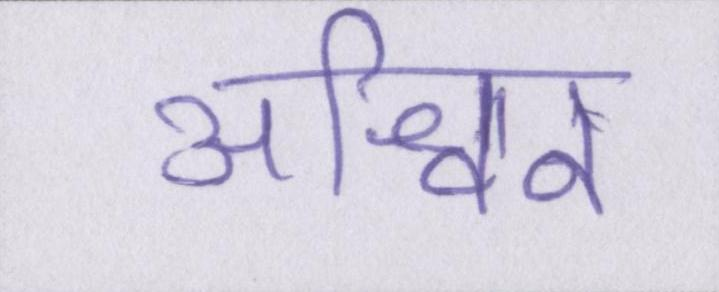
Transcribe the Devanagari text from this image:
अश्विन